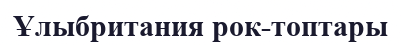
Ұлыбритания рок-топтары